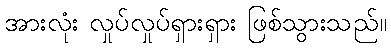
အားလုံး လှုပ်လှုပ်ရှားရှား ဖြစ်သွားသည်။